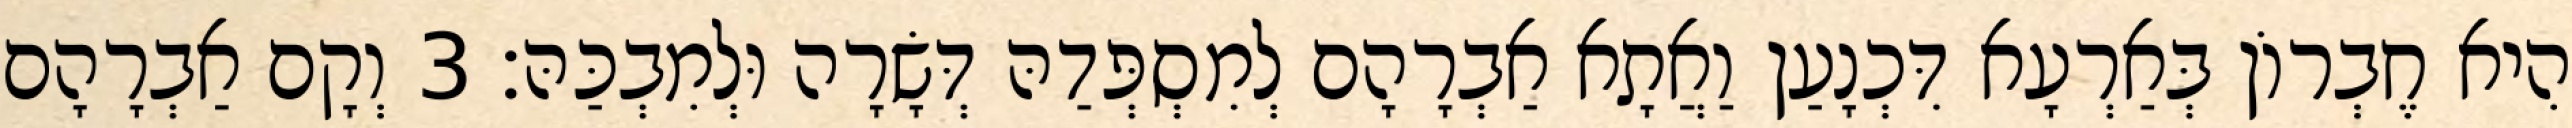
הִיא חֶבְרוֹן בְּאַרְעָא דִּכְנָעַן וַאֲתָא אַבְרָהָם לְמִסְפְּדַהּ דְּשָׂרָה וּלְמִבְכַּהּ׃ 3 וְקָם אַבְרָהָם